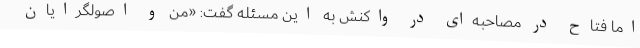
اما فتاح در مصاحبه‌ای در واکنش به این مسئله گفت: «من و اصولگرایان